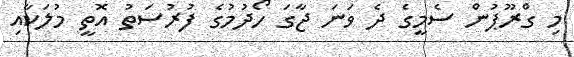
މި ގްރޫޕުން ސެމީގެ ދެ ވަނަ ޖާގަ ހޯދުމުގެ ފުރުސަތު އޮތީ މުލަކާއި